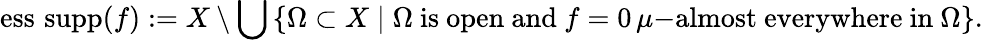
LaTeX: \operatorname{ess\, supp}(f):=X\setminus\bigcup\left\{ \Omega\subset X\mid\Omega{\mathrm{~is~open~and~}}f=0\, \mu{\mathrm{-almost~everywhere~in~}}\Omega\right\} .